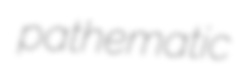
pathematic